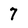
Character: 7